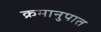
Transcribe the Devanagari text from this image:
क्रमानुपात